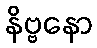
နိဗ္ဗနော